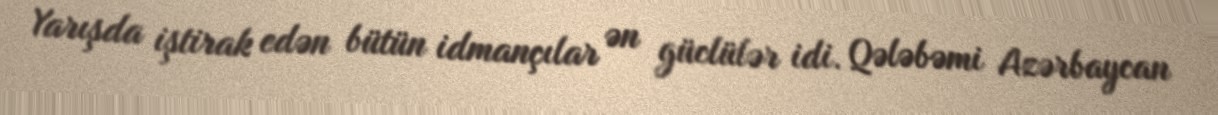
Yarışda iştirak edən bütün idmançılar ən güclülər idi. Qələbəmi Azərbaycan